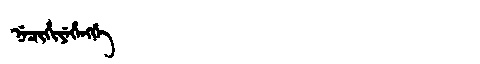
Manchu: ᠨᡝᠴᡳᡥᡳᠶᡝᡥᡝᠩᡤᡝ
Romanization: NECIHIYEHENGGE